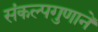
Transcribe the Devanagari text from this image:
संकल्पगुणाने